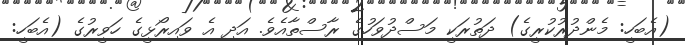
(އެބަހީ: މެންދުރުކުރީގެ) ދަތުރަކީ މަސްދުވަހުގެ ރާސްތާއެވެ. އަދި އެ ވައިރޯޅީގެ ހަވީރުގެ (އެބަހީ: